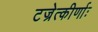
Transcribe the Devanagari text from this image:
टज्रेत्कीर्णाः